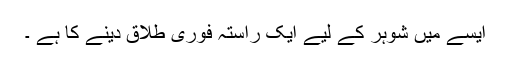
ایسے میں شوہر کے لیے ایک راستہ فوری طلاق دینے کا ہے ۔